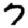
Digit: 7